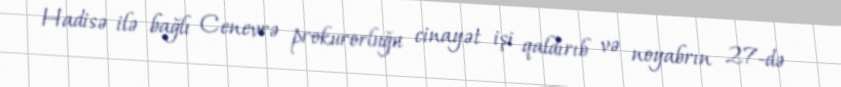
Hadisə ilə bağlı Cenevrə prokurorluğu cinayət işi qaldırıb və noyabrın 27-də